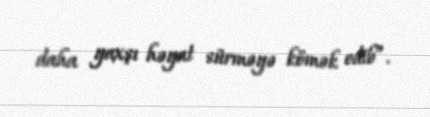
daha yaxşı həyat sürməyə kömək edib”.